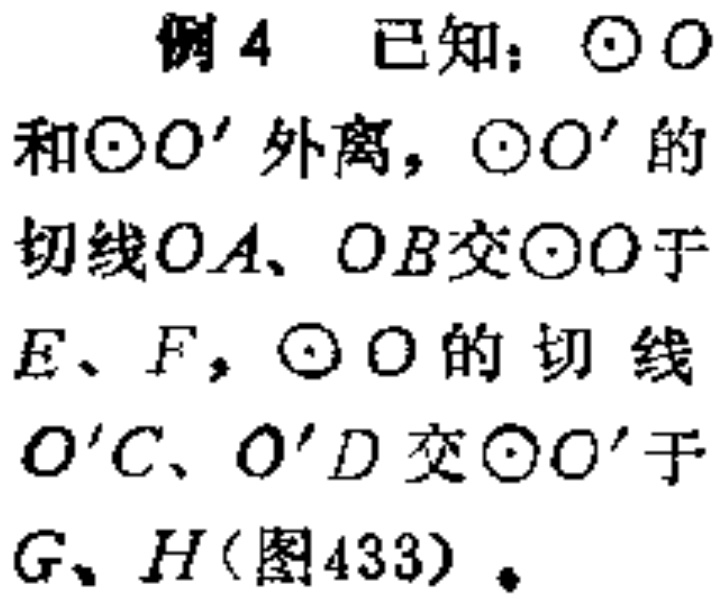
例4 已知：\(\odot O\)和\(\odot O'\)外离，\(\odot O'\)的切线\(OA、OB\)交\(\odot O\)于\(E、F\)，\(\odot O\)的切线\(O'C、O'D\)交\(\odot O'\)于\(G、H\)（图433）。